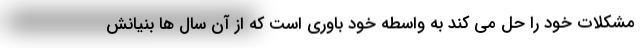
مشکلات خود را حل می کند به واسطه خود باوری است که از آن سال ها بنیانش